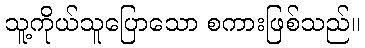
သူ့ကိုယ်သူပြောသော စကားဖြစ်သည်။